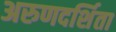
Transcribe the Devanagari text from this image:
अरुणदर्शिता